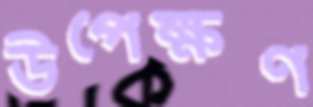
উপেক্ষণ